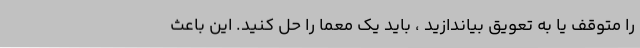
را متوقف یا به تعویق بیاندازید ، باید یک معما را حل کنید. این باعث